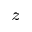
_ z